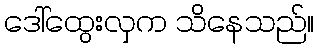
ဒေါ်ထွေးလှက သိနေသည်။